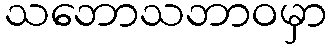
သဘောသဘာဝမှာ